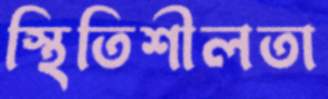
স্থিতিশীলতা